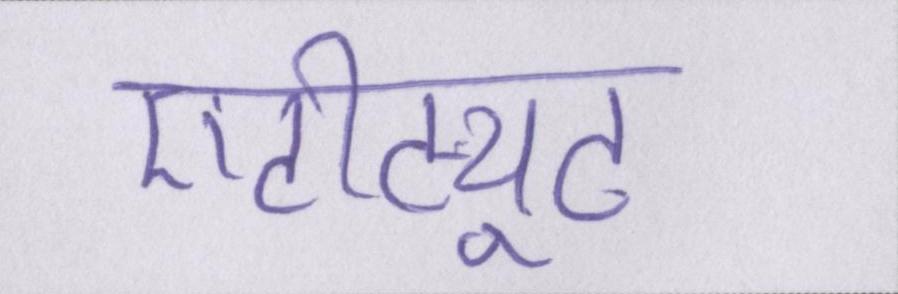
एटीट्यूट